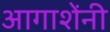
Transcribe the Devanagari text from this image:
आगाशेंनी